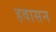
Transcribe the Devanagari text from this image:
हवासन